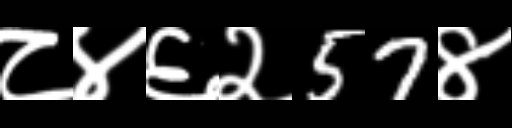
Text: ८४६२57४